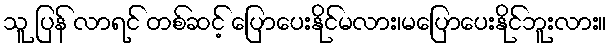
သူ ပြန် လာရင် တစ်ဆင့် ပြောပေးနိုင်မလား၊မပြောပေးနိုင်ဘူးလား။